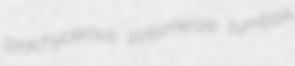
brachycerous polymerize tumbak